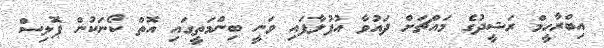
އިބްރާހީމް ރަޝީދުގެ މައްޗަށް ދައުވާ އުފުލާފައި ވަނީ ބިންމަތީގައި އޮތް ކޯނަކުން ޕޮލިސް